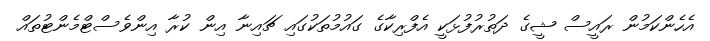
އެހެންކަމުން ރައީސް ޝީގެ ދަތުރުފުޅަކީ އެފްރިކާގެ ގައުމުތަކުގައި ޗައިނާ އިން ކުރާ އިންވެސްޓްމެންޓުތައް